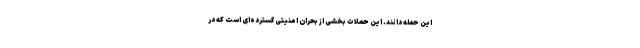
این حمله ‌دانند. این حملات بخشی از بحران امنیتی گسترده‌ای است که در